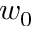
w _ { 0 }